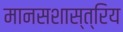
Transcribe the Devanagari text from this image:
मानसशास्त्रिय